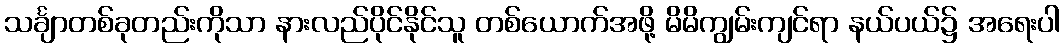
သင်္ချာတစ်ခုတည်းကိုသာ နားလည်ပိုင်နိုင်သူ တစ်ယောက်အဖို့ မိမိကျွမ်းကျင်ရာ နယ်ပယ်၌ အရေးပါ